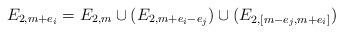
LaTeX: \begin{align*}E_{2,m+e_i} = E_{2,m} \cup (E_{2, m+e_i -e_j}) \cup (E_{2, [m-e_j, m+e_i] })\end{align*}